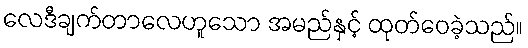
လေဒီချက်တာလေဟူသော အမည်နှင့် ထုတ်ဝေခဲ့သည်။